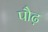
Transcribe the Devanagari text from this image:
पौढ़